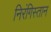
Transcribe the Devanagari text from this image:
निरंगिस्तान